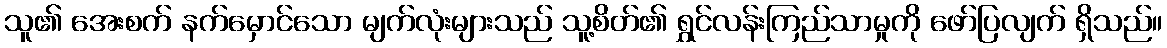
သူ၏ အေးစက် နက်မှောင်သော မျက်လုံးများသည် သူ့စိတ်၏ ရွှင်လန်းကြည်သာမှုကို ဖော်ပြလျက် ရှိသည်။